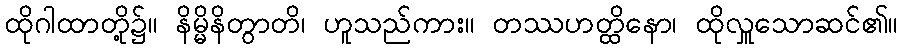
ထိုဂါထာတို့၌။ နိမ္မိနိတွာတိ၊ ဟူသည်ကား။ တဿဟတ္ထိနော၊ ထိုလှူသောဆင်၏။